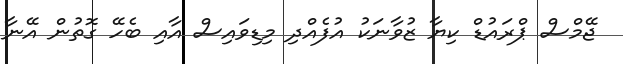
ޖޭމްސް ޕްރައުޑް ކިޔާ ޒުވާނަކު އުފެއްދި މިޑިވައިސް އާއި ބެހޭ ގޮތުން އޭނާ